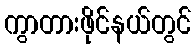
ကွာတားဖိုင်နယ်တွင်